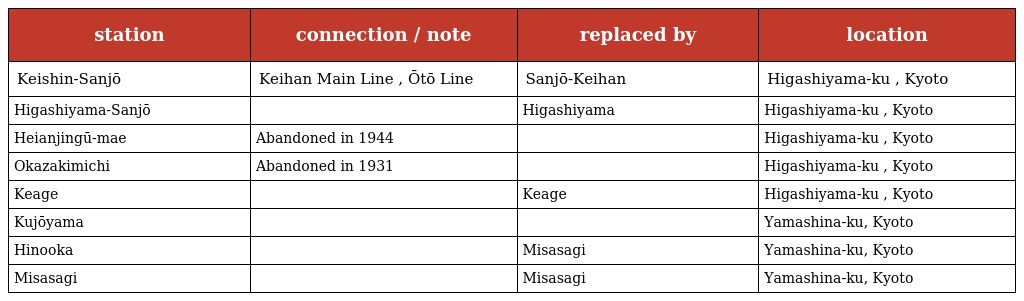
| station | connection / note | replaced by | location |
 | --- | --- | --- | --- |
 | Keishin-Sanjō | Keihan Main Line , Ōtō Line | Sanjō-Keihan | Higashiyama-ku , Kyoto |
 | Higashiyama-Sanjō |  | Higashiyama | Higashiyama-ku , Kyoto |
 | Heianjingū-mae | Abandoned in 1944 |  | Higashiyama-ku , Kyoto |
 | Okazakimichi | Abandoned in 1931 |  | Higashiyama-ku , Kyoto |
 | Keage |  | Keage | Higashiyama-ku , Kyoto |
 | Kujōyama |  |  | Yamashina-ku, Kyoto |
 | Hinooka |  | Misasagi | Yamashina-ku, Kyoto |
 | Misasagi |  | Misasagi | Yamashina-ku, Kyoto |